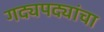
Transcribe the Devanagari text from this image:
गद्यपद्यांचा